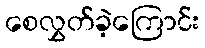
စေလွှတ်ခဲ့ကြောင်း